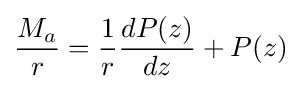
{\frac {M_{a}}{r}}={\frac {1}{r}}{\frac {dP(z)}{dz}}+P(z)